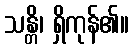
သန္တိ၊ ရှိကုန်၏။